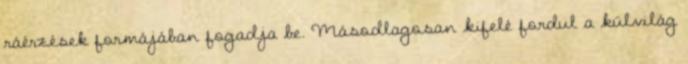
ráérzések formájában fogadja be. Másodlagosan kifelé fordul a külvilág